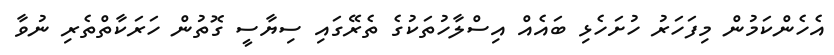
އެހެންކަމުން މިފަހަރު ހުށަހެޅި ބައެއް އިސްލާހުތަކުގެ ތެރޭގައި ސިޔާސީ ގޮތުން ހަރަކާތްތެރި ނުވާ